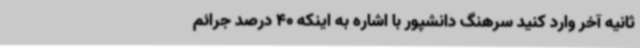
ثانیه آخر وارد کنید سرهنگ دانشپور با اشاره به اینکه 40 درصد جرائم